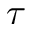
\tau